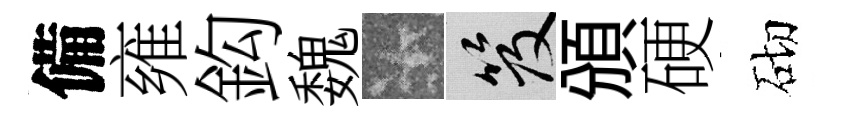
備雍鈎魏卡笈頒硬砌